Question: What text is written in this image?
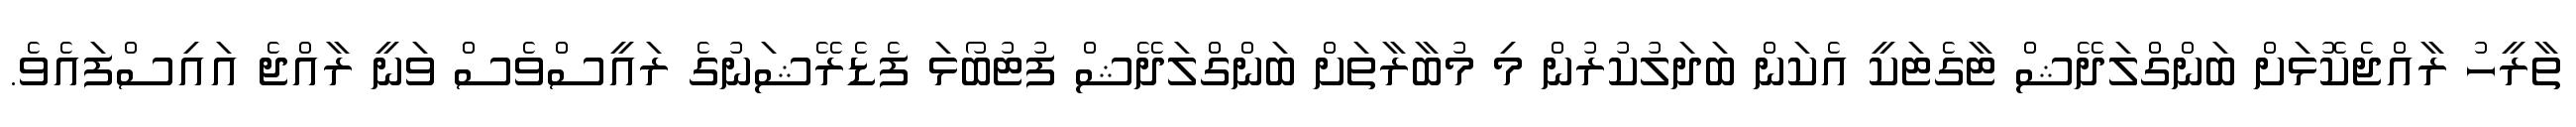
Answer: ތާރީހު ރާއްޖެކޮޅަށް ބަންގްލަދޭޝް ޓާގެޓަކީ އެކަން ބަދަލުކުރުން މި މުބާރާތަށް ބަންގްލަދޭޝް ފުޓުބޯޅަ ފެޑެރޭޝަނުގެ ރައީސްވެސް ވަނީ ރާއްޖެ އައިސްފައެވެ.